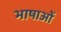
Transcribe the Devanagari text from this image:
भाषाओें